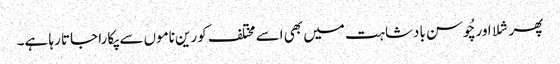
پھر شلا اور چُوسن بادشاہت میں بھی اسے مختلف کورین ناموں سے پکارا جاتا رہا ہے۔